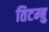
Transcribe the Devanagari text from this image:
तिटम्बु